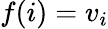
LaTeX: f(i)=v_{i}